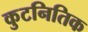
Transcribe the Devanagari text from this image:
कुटनितिक